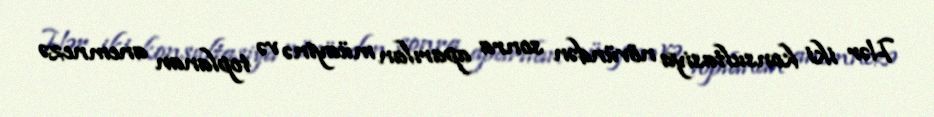
Hər iki konsultasiya növündən sonra aparılan müayinə və toplanan anemnezə